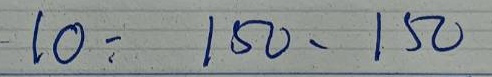
10 = 150 -150